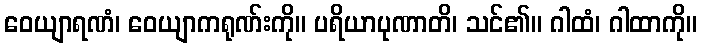
ဝေယျာရဏံ၊ ဝေယျာကရုဏ်းကို။ ပရိယာပုဏာတိ၊ သင်၏။ ဂါထံ၊ ဂါထာကို။